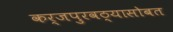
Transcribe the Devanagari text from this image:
कर्जपुरवठ्यासोबत